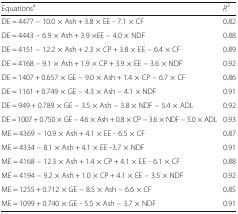
<table><thead><tr><td><b>Equations<sup>a</sup></b></td><td><b><i>R</i><sup>2</sup></b></td></tr></thead><tbody><tr><td>DE = 4477 – 10.0 × Ash + 3.8 × EE - 7.1 × CF</td><td>0.82</td></tr><tr><td>DE = 4443 – 6.9 × Ash + 3.9 ×EE – 4.0 × NDF</td><td>0.88</td></tr><tr><td>DE = 4151 – 12.2 × Ash + 2.3 × CP + 3.8 × EE – 6.4 × CF</td><td>0.89</td></tr><tr><td>DE = 4168 – 9.1 × Ash + 1.9 × CP + 3.9 × EE – 3.6 × NDF</td><td>0.92</td></tr><tr><td>DE = 1407 + 0.657 × GE – 9.0 × Ash + 1.4 × CP – 6.7 × CF</td><td>0.86</td></tr><tr><td>DE = 1161 + 0.749 × GE – 4.3 × Ash – 4.1 × NDF</td><td>0.91</td></tr><tr><td>DE = 949 + 0.789 × GE – 3.5 × Ash – 3.8 × NDF – 5.4 × ADL</td><td>0.92</td></tr><tr><td>DE = 1007 + 0.750 × GE – 4.6 × Ash + 0.8 × CP – 3.6 × NDF – 5.0 × ADL</td><td>0.93</td></tr><tr><td>ME = 4369 – 10.9 × Ash + 4.1 × EE - 6.5 × CF</td><td>0.87</td></tr><tr><td>ME = 4334 – 8.1 × Ash + 4.1 × EE -3.7 × NDF</td><td>0.91</td></tr><tr><td>ME = 4168 – 12.3 × Ash + 1.4 × CP + 4.1 × EE - 6.1 × CF</td><td>0.88</td></tr><tr><td>ME = 4194 – 9.2 × Ash + 1.0 × CP + 4.1 × EE – 3.5 × NDF</td><td>0.92</td></tr><tr><td>ME = 1255 + 0.712 × GE – 8.5 × Ash – 6.6 × CF</td><td>0.85</td></tr><tr><td>ME = 1099 + 0.740 × GE - 5.5 × Ash – 3.7 × NDF</td><td>0.91</td></tr></tbody></table>